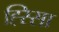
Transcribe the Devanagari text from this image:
ह्स्सिा